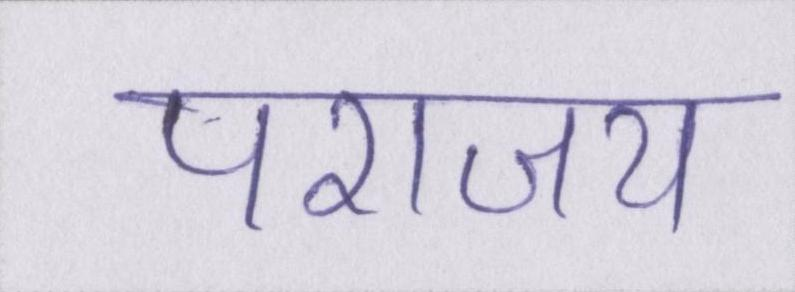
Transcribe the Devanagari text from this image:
पराजय